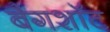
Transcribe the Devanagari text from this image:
बैगशॉट